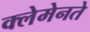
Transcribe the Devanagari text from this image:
क्लेमेनते